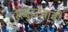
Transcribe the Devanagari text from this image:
समुद्रदेवाची